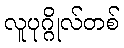
လူပုဂ္ဂိုလ်တစ်